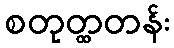
စတုတ္ထတန်း